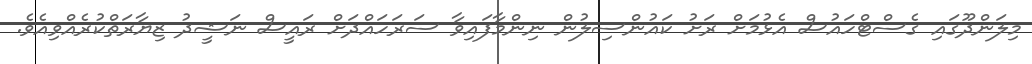
މިލަންދޫގައި ގެސްޓްހައުސް އެޅުމަށް ރަށު ކައުންސިލުން ނިންމާފައިވާ ސަރަހައްދަށް ރައީސް ނަޝީދު ޒިޔާރަތްކުރެއްވިއެވެ.